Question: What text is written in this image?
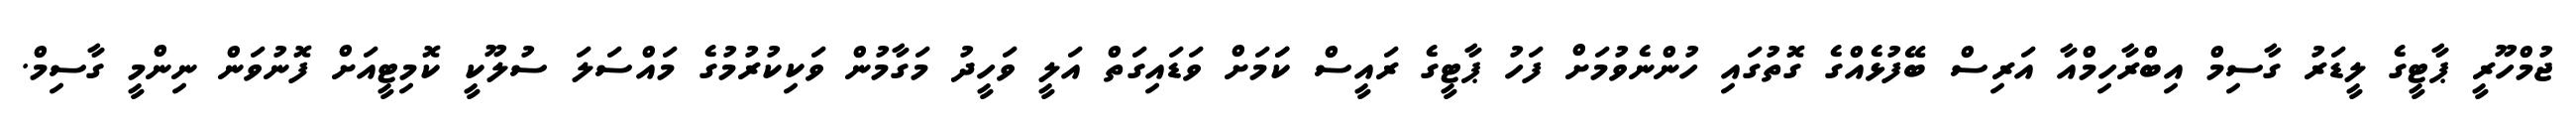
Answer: ޖުމްހޫރީ ޕާޓީގެ ލީޑަރު ގާސިމް އިބްރާހިމްއާ އަރިސް ބޭފުޅެއްގެ ގޮތުގައި ހުންނެވުމަށް ފަހު ޕާޓީގެ ރައީސް ކަަމަށް ވަޑައިގަތް އަލީ ވަހީދު މަގާމުން ވަކިކުރުމުގެ މައްސަލަ ސުލޫކީ ކޮމިޓީއަށް ފޮނުވަން ނިންމީ ގާސިމް.